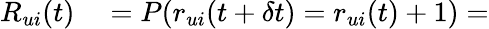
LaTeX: \begin{array}{rl}{R_{ui}(t)}&{{}=P(r_{ui}(t+\delta t)=r_{ui}(t)+1)=}\end{array}